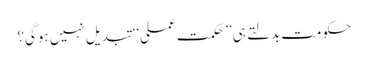
حکومت بدلتے ہی ’’حکمت عملی‘‘ تبدیل نہیں ہوگی؟